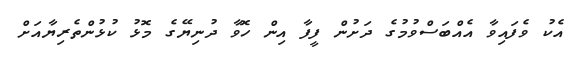
އެކު ވެފައިވާ އެއްބަސްވުމުގެ ދަށުން ފީފާ އިން ހޮވާ ދުނިޔޭގެ މޮޅު ކުޅުންތެރިޔާއަށް